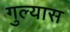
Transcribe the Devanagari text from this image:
गुल्यास